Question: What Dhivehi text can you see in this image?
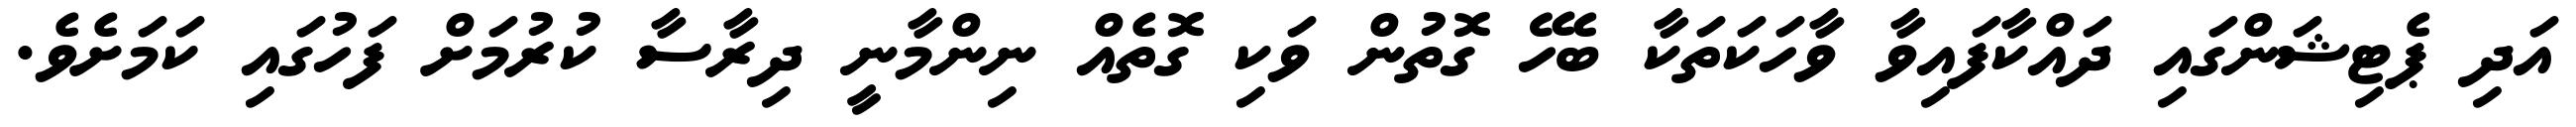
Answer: އަދި ޕެޓިޝަންގައި ދައްކާފައިވާ ވާހަކަތަކާ ބެހޭ ގޮތުން ވަކި ގޮތެއް ނިންމާނީ ދިރާސާ ކުރުމަށް ފަހުގައި ކަމަށެވެ.